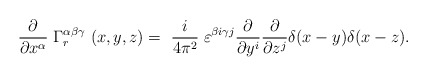
\begin{align*}{\partial \over \partial x^\alpha} \; \Gamma^{\alpha \beta \gamma}_r \ (x,y,z) = \ {i \over 4 \pi^2} \; \varepsilon^{\beta i \gamma j} {\partial \over \partial y^i} {\partial \over \partial z^j} \delta(x-y) \delta(x-z) .\end{align*}